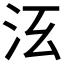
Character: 𣲑